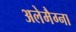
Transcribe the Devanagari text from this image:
अलेमैग्ना